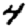
Digit: 4